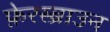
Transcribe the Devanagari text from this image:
फ़ेरस्ब्राउन